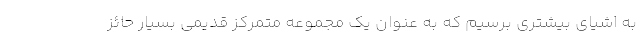
به اشیای بیشتری برسیم که به عنوان یک مجموعه متمرکز قدیمی بسیار حائز